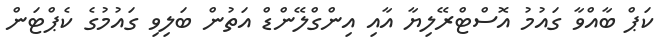
ކަޕް ބާއްވާ ގައުމު އޮސްޓްރޭލިޔާ އާއި އިންގްލޭންޑް އަތުން ބަލިވި ގައުމުގެ ކެޕްޓަން